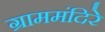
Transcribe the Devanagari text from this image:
ग्राममंदिरे